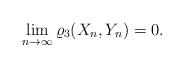
LaTeX: \begin{align*}\lim_{n \to \infty} \varrho_{3} (X_{n},Y_{n})=0.\end{align*}